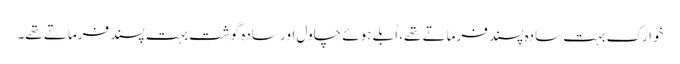
خوارک بہت سادہ پسند فرماتے تھے، اُبلے ہوئے چاول اور سادہ گوشت بہت پسند فرماتے تھے۔